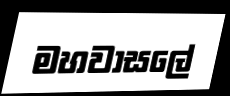
මහවාසලේ